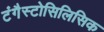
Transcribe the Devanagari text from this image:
टंगैस्टोसिलिसिक